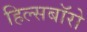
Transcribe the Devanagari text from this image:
हिल्सबॉरो